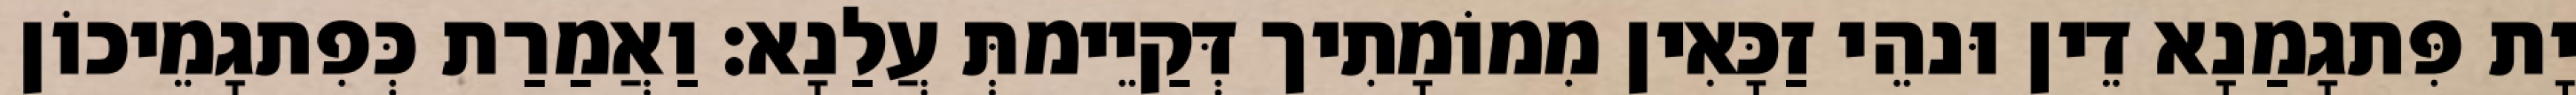
יָת פִּתגָמַנָא דֵין וּנהֵי זַכָּאִין מִמוֹמָתִיך דְּקַיֵימתְּ עֲלַנָא׃ וַאֲמַרַת כְּפִתגָמֵיכוֹן